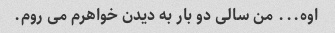
اوه... من سالی دو بار به دیدن خواهرم می روم.